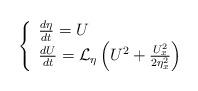
LaTeX: \begin{align*}\left\{ \begin{array}{l l} \frac{d \eta}{dt}=U\\ \frac{dU}{dt}=\mathcal{L}_\eta\left(U^2+\frac{U_x^2}{2\eta_x^2}\right) \end{array} \right.\end{align*}